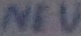
Text: NEU